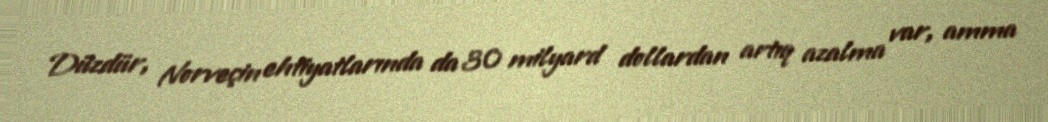
Düzdür, Norveçin ehtiyatlarında da 30 milyard dollardan artıq azalma var, amma